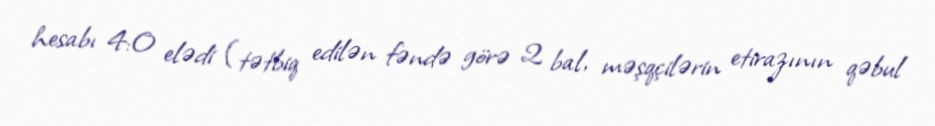
hesabı 4:0 elədi (tətbiq edilən fəndə görə 2 bal, məşqçilərin etirazının qəbul